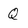
Character: Q